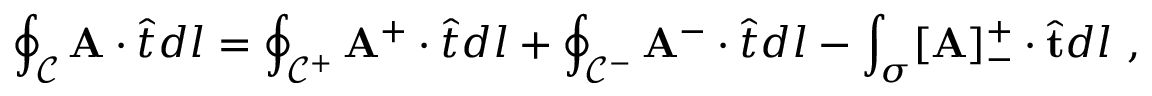
\oint _ { \mathcal { C } } \mathbf { A } \cdot \hat { \boldsymbol { t } } d l = \oint _ { \mathcal { C } ^ { + } } \mathbf { A } ^ { + } \cdot \hat { \boldsymbol { t } } d l + \oint _ { \mathcal { C } ^ { - } } \mathbf { A } ^ { - } \cdot \hat { \boldsymbol { t } } d l - \int _ { \sigma } [ \mathbf { A } ] _ { - } ^ { + } \cdot \hat { \mathbf { t } } d l ~ ,